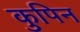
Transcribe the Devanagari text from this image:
कुपिन